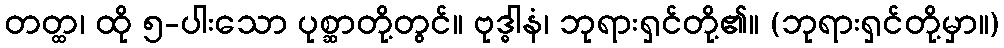
တတ္ထ၊ ထို ၅-ပါးသော ပုစ္ဆာတို့တွင်။ ဗုဒ္ဓါနံ၊ ဘုရားရှင်တို့၏။ (ဘုရားရှင်တို့မှာ။)